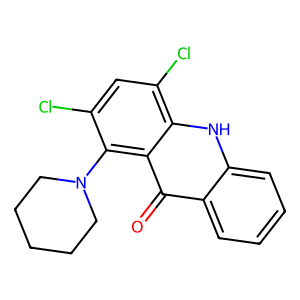
SMILES: O=c1c2ccccc2[nH]c2c(Cl)cc(Cl)c(N3CCCCC3)c12
Inhibits HIV replication: No